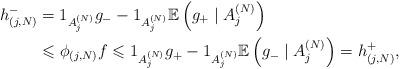
LaTeX: \begin{align*}h_{(j,N)}^{-} & =1_{A_{j}^{(N)}}g_{-}-1_{A_{j}^{(N)}}\mathbb{E}\left(g_{+}\;|\;A_{j}^{(N)}\right) \\& \leqslant\phi_{(j,N)}f\leqslant1_{A_{j}^{(N)}}g_{+}-1_{A_{j}^{(N)}}\mathbb{E}\left( g_{-}\;|\;A_{j}^{(N)}\right) =h_{(j,N)}^{+},\end{align*}